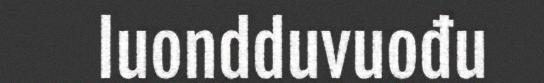
luondduvuođu